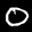
Label: 0